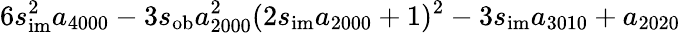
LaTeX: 6s_{\mathrm{im}}^{2}a_{4000}-3s_{\mathrm{ob}}a_{2000}^{2}(2s_{\mathrm{im}}a_{2000}+1)^{2}-3s_{\mathrm{im}}a_{3010}+a_{2020}